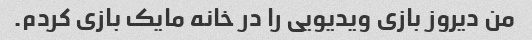
من دیروز بازی ویدیویی را در خانه مایک بازی کردم.